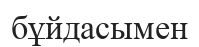
бұйдасымен